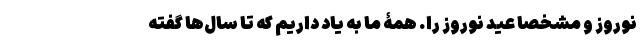
نوروز و مشخصا عید نوروز را. همۀ ما به یاد داریم که تا سال‌ها گفته